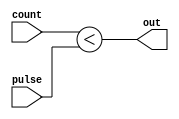
// pwm_0.v
//
// pulse-width modulation
//

`default_nettype none

module pwm #(
  parameter N = 8                       // counter resolution
) (
  input          [N-1:0] pulse,         // pulse threshold
  input          [N-1:0] count,         // duty-cycle counter
  output                 out            // on/off output signal
);

  assign out = (count < pulse);

endmodule